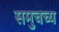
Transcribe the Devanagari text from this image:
समुचच्य